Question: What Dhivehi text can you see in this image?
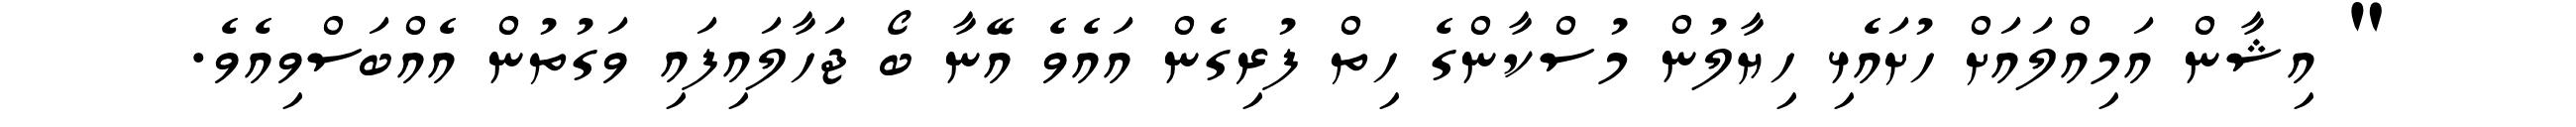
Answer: " އިޝާން އަމިއްލައަށް ހުށައެޅި ހިޔާލުން މުސްކާންގެ ހިތް ފުރިގެން އައެވެ އޭނާ ބޯ ޖަހާލައިފައި ވަގުތުން އެއްބަސްވިއެވެ.